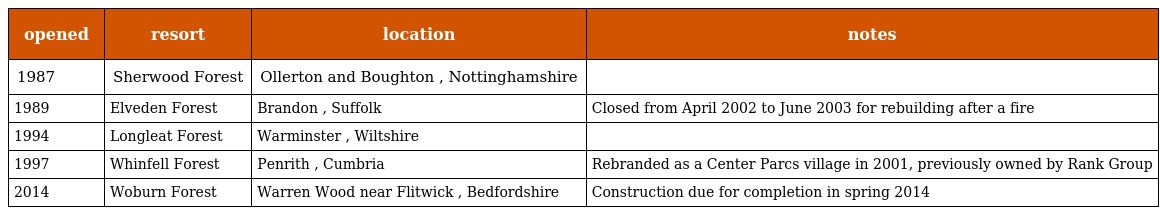
| opened | resort | location | notes |
 | --- | --- | --- | --- |
 | 1987 | Sherwood Forest | Ollerton and Boughton , Nottinghamshire |  |
 | 1989 | Elveden Forest | Brandon , Suffolk | Closed from April 2002 to June 2003 for rebuilding after a fire |
 | 1994 | Longleat Forest | Warminster , Wiltshire |  |
 | 1997 | Whinfell Forest | Penrith , Cumbria | Rebranded as a Center Parcs village in 2001, previously owned by Rank Group |
 | 2014 | Woburn Forest | Warren Wood near Flitwick , Bedfordshire | Construction due for completion in spring 2014 |